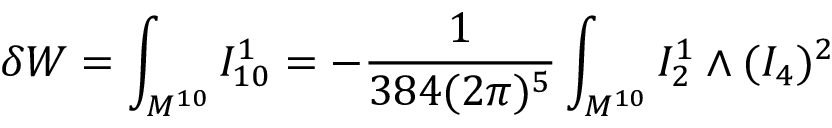
\delta W = \int _ { M ^ { 1 0 } } I _ { 1 0 } ^ { 1 } = - \frac { 1 } { 3 8 4 ( 2 \pi ) ^ { 5 } } \int _ { M ^ { 1 0 } } I _ { 2 } ^ { 1 } \wedge ( I _ { 4 } ) ^ { 2 }